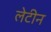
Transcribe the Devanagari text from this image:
लेटीन